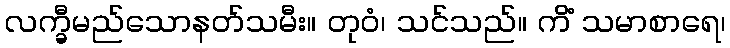
လက္ခီမည်သောနတ်သမီး။ တုဝံ၊ သင်သည်။ ကိံ သမာစာရေ၊